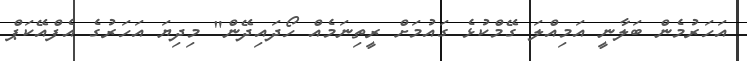
އަހަރުމެން ބަލާނީ އަމިއްލަ ގޭމްކުޅެ ގައުމަށް ރީތިނަމެއް ހޯދައިދޭން" މިދިޔަ އަހަރުގެ އެފްއޭކަޕް